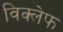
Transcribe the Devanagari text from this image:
विक्लेफ